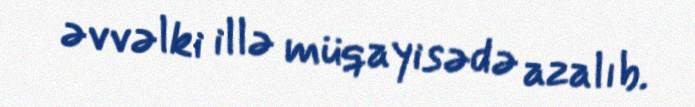
əvvəlki illə müqayisədə azalıb.